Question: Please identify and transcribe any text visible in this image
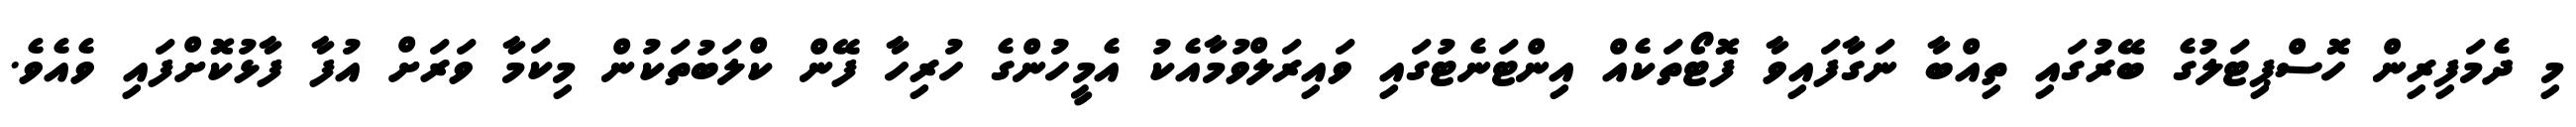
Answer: މި ދެމަފިރިން ހޮސްޕިޓަލުގެ ބޭރުގައި ތިއްބާ ނަގާފައިވާ ފޮޓޯތަކެއް އިންޓަނެޓުގައި ވައިރަލްވުމާއެކު އެމީހުންގެ ހުރިހާ ފޭން ކްލަބުތަކުން މިކަމާ ވަރަށް އުފާ ފާޅުކޮށްފައި ވެއެވެ.